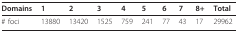
| Domains | 1 | 2 | 3 | 4 | 5 | 6 | 7 | 8+ | Total |
 | --- | --- | --- | --- | --- | --- | --- | --- | --- | --- |
 | # foci | 13880 | 13420 | 1525 | 759 | 241 | 77 | 43 | 17 | 29962 |